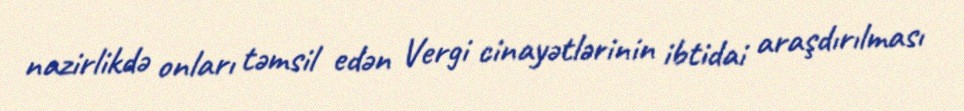
nazirlikdə onları təmsil edən Vergi cinayətlərinin ibtidai araşdırılması